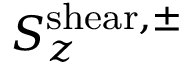
S _ { z } ^ { \mathrm { s h e a r , \pm } }